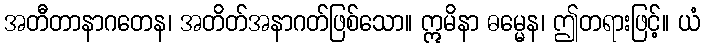
အတီတာနာဂတေန၊ အတိတ်အနာဂတ်ဖြစ်သော။ ဣမိနာ ဓမ္မေန၊ ဤတရားဖြင့်။ ယံ